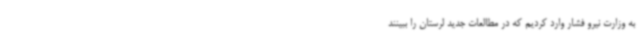
به وزارت نیرو فشار وارد کردیم که در مطالعات جدید لرستان را ببینند